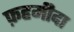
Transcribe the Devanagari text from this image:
फ़हमीदा